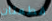
قطعتان